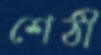
শেঠী